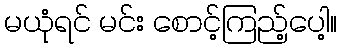
မယုံရင် မင်း စောင့်ကြည့်ပေါ့။